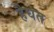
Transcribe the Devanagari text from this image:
हैघत